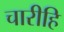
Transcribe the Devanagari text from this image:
चारीहि